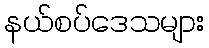
နယ်စပ်ဒေသများ